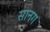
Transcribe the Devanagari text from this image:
सानग